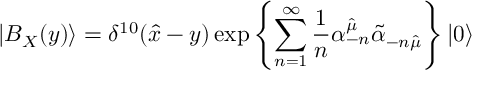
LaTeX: | B _ { X } ( y ) \rangle = \delta ^ { 1 0 } ( { \hat { x } } - y ) \exp \left\{ { \sum _ { n = 1 } ^ { \infty } { \frac { 1 } { n } } \alpha _ { - n } ^ { \hat { \mu } } { \tilde { \alpha } } _ { - n { \hat { \mu } } } } \right\} | 0 \rangle